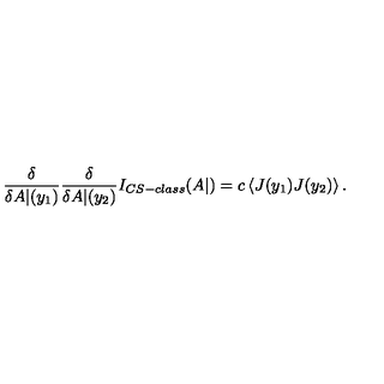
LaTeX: \frac { \delta } { \delta A | ( y _ { 1 } ) } \frac { \delta } { \delta A | ( y _ { 2 } ) } I _ { C S - c l a s s } ( A | ) = c \left< J ( y _ { 1 } ) J ( y _ { 2 } ) \right> .